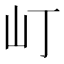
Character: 𡴵